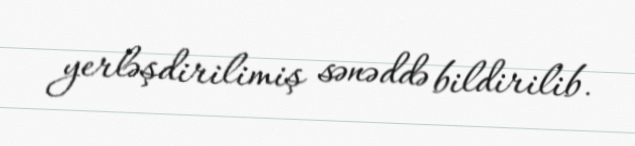
yerləşdirilimiş sənəddə bildirilib.